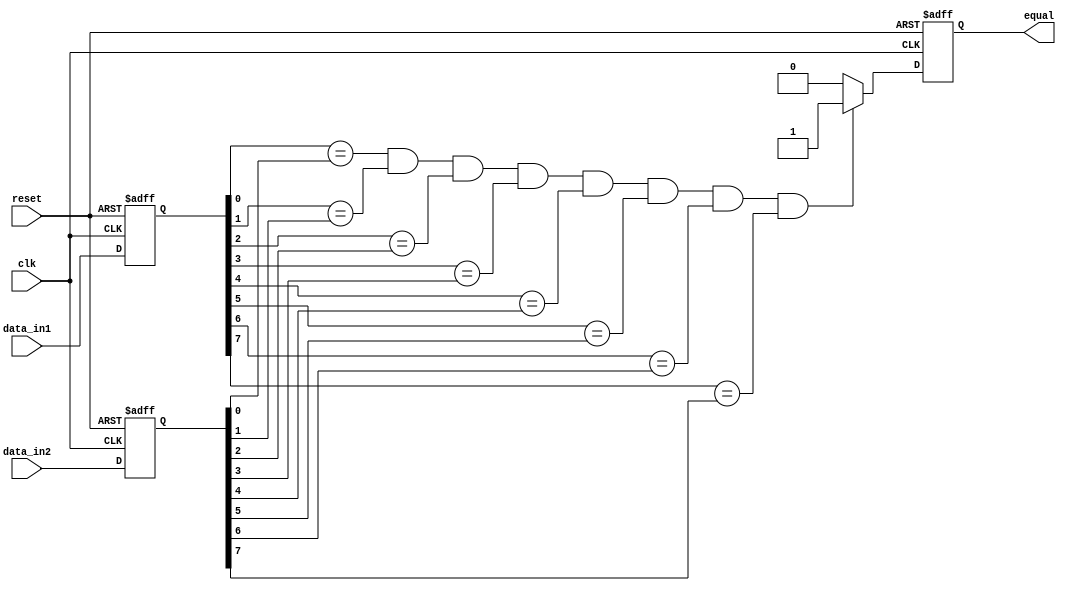
module serial_comparator (
    input wire clk,         // Clock input
    input wire reset,       // Reset signal
    input wire [7:0] data_in1,  // First input data
    input wire [7:0] data_in2,  // Second input data
    output reg equal        // Output indicating equality
);

reg [7:0] temp_data1;      // Temporary variable for data_in1
reg [7:0] temp_data2;      // Temporary variable for data_in2

always @(posedge clk or posedge reset) begin
    if (reset) begin
        equal <= 0;         // Reset output
        temp_data1 <= 0;    // Reset temp_data1
        temp_data2 <= 0;    // Reset temp_data2
    end else begin
        temp_data1 <= data_in1;     // Store data_in1 in temp_data1
        temp_data2 <= data_in2;     // Store data_in2 in temp_data2
        
        // Perform bitwise comparison
        if ((temp_data1[0] == temp_data2[0]) &&
            (temp_data1[1] == temp_data2[1]) &&
            (temp_data1[2] == temp_data2[2]) &&
            (temp_data1[3] == temp_data2[3]) &&
            (temp_data1[4] == temp_data2[4]) &&
            (temp_data1[5] == temp_data2[5]) &&
            (temp_data1[6] == temp_data2[6]) &&
            (temp_data1[7] == temp_data2[7])) begin
                // Set output to indicate equality
                equal <= 1;
        end else begin
            // Set output to indicate inequality
            equal <= 0;
        end
    end
end

endmodule